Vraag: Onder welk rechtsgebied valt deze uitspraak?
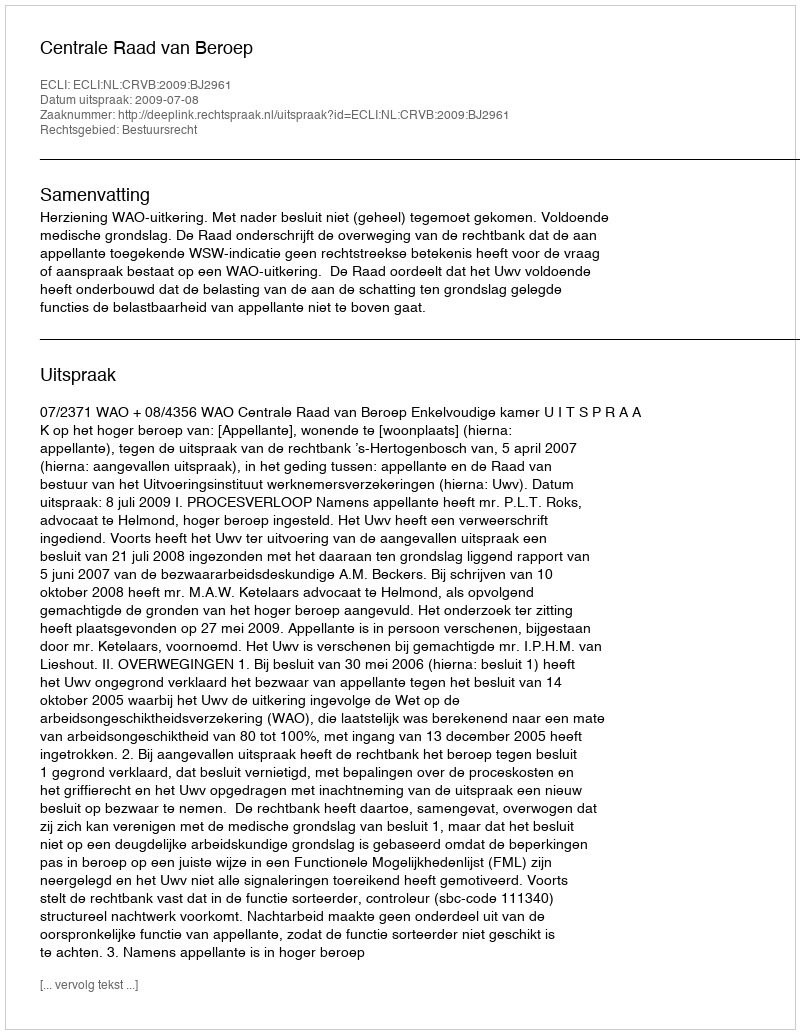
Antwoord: Bestuursrecht